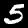
Digit: 5